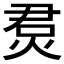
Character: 𤉅